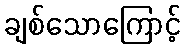
ချစ်သောကြောင့်